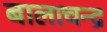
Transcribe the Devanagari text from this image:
बालाचन्द्र